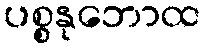
ပစ္စနုဘောထ